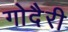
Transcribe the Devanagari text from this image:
गोदैरी